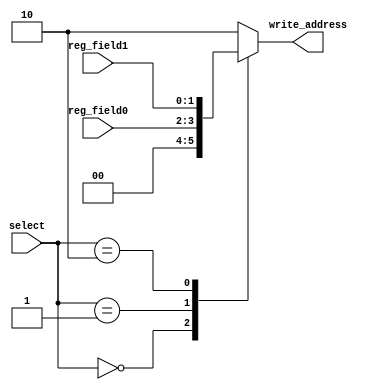
module write_address_select (input [1:0] select, input [1:0] reg_field0, reg_field1, output reg [1:0] write_address);
 
always @(*)
begin
	///////////////////////
	case (select)
	2'b00: write_address = 2'b00;
	2'b01: write_address = reg_field0;
	2'b10: write_address = reg_field1;
	default: write_address = 2'b10;
	endcase
end
endmodule